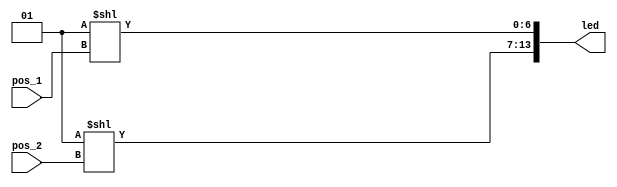
`timescale 1ns / 1ps

module pos_led_movement(
    input [2:0] pos_1,
    input [2:0] pos_2,
    output [13:0] led
    );
    
    assign led[6:0] = (1 << pos_1);
    assign led[13:7] = (1 << pos_2);
endmodule